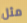
مثل